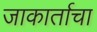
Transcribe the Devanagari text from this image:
जाकार्ताचा